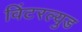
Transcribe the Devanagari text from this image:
विंटरल्युड